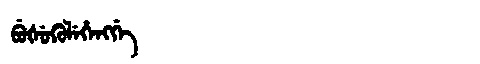
Manchu: ᠪᡠᡧᡠᡴᡠᠯᡝᡥᡝᠩᡤᡝ
Romanization: BUŠUKULEHENGGE